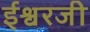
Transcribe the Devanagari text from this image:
ईश्वरजी